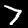
Label: 7